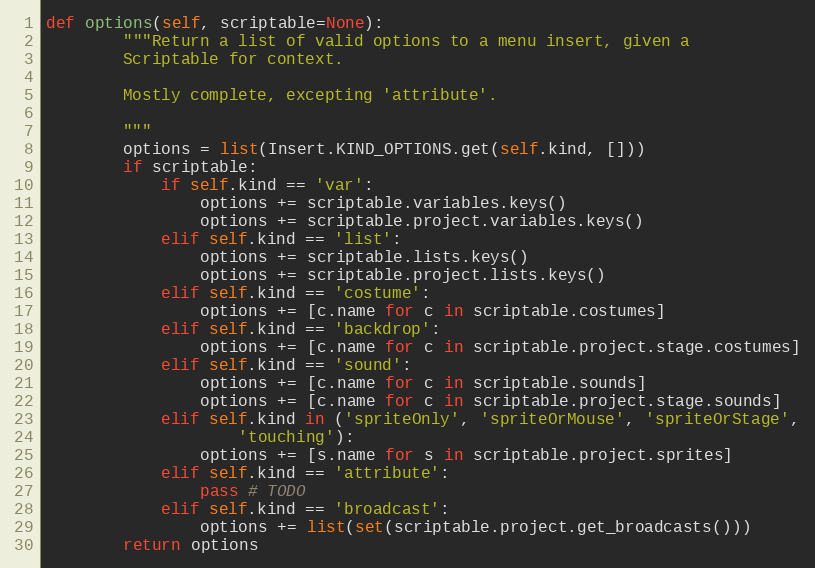
Language: Python
def options(self, scriptable=None):
        """Return a list of valid options to a menu insert, given a
        Scriptable for context.

        Mostly complete, excepting 'attribute'.

        """
        options = list(Insert.KIND_OPTIONS.get(self.kind, []))
        if scriptable:
            if self.kind == 'var':
                options += scriptable.variables.keys()
                options += scriptable.project.variables.keys()
            elif self.kind == 'list':
                options += scriptable.lists.keys()
                options += scriptable.project.lists.keys()
            elif self.kind == 'costume':
                options += [c.name for c in scriptable.costumes]
            elif self.kind == 'backdrop':
                options += [c.name for c in scriptable.project.stage.costumes]
            elif self.kind == 'sound':
                options += [c.name for c in scriptable.sounds]
                options += [c.name for c in scriptable.project.stage.sounds]
            elif self.kind in ('spriteOnly', 'spriteOrMouse', 'spriteOrStage',
                    'touching'):
                options += [s.name for s in scriptable.project.sprites]
            elif self.kind == 'attribute':
                pass # TODO
            elif self.kind == 'broadcast':
                options += list(set(scriptable.project.get_broadcasts()))
        return options